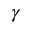
\gamma